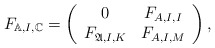
\begin{align*} F_{\mathbb{A},I,\mathbb{C}} =\left( \begin{array}{cc} 0 & F_{A,I,I} \\ F_{\mathfrak{A},I,K} & F_{A,I,M} \\ \end{array} \right),\end{align*}